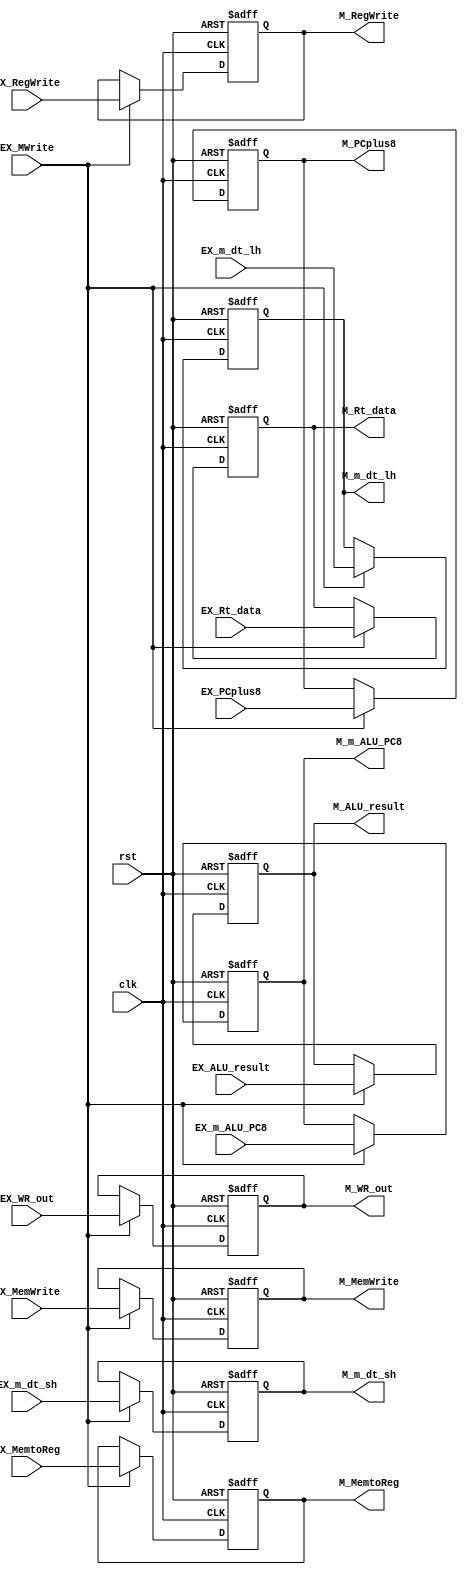
// EX_M

module EX_M ( clk,
			  rst,
			  EX_MWrite,
			  // input 
			  // WB
			  EX_MemtoReg,
			  EX_RegWrite,
			  // M
			  EX_MemWrite,
			  // write your code in here
			  EX_m_ALU_PC8,
			  // pipe
			  EX_ALU_result,
			  EX_Rt_data,
			  EX_PCplus8,
			  EX_WR_out,
			  EX_m_dt_lh,
			  EX_m_dt_sh,
			  // output
			  // WB
			  M_MemtoReg,
			  M_RegWrite,
			  // M
			  M_MemWrite,
			  // write your code in here
			  M_m_ALU_PC8,
			  // pipe
			  M_ALU_result,
			  M_Rt_data,
			  M_PCplus8,
			  M_WR_out,
			  M_m_dt_lh,
			  M_m_dt_sh
			  );
	
	parameter pc_size = 18;	
	parameter data_size = 32;
	
	input clk, rst, EX_MWrite;		  
			  
	// WB		  
	input EX_MemtoReg;
    input EX_RegWrite;
    // M
    input EX_MemWrite;
	// write your code in here
	input EX_m_ALU_PC8;
	// pipe		  
	input [data_size-1:0] EX_ALU_result;
    input [data_size-1:0] EX_Rt_data;
    input [data_size-1:0] EX_PCplus8;
    input [4:0] EX_WR_out;
	input EX_m_dt_lh;
	input EX_m_dt_sh;
	
	// WB
	output M_MemtoReg;	
	output M_RegWrite;	
	// M	
	output M_MemWrite;	
	// write your code in here
	output M_m_ALU_PC8;		
	// pipe		  
	output [data_size-1:0] M_ALU_result;
	output [data_size-1:0] M_Rt_data;
	output [data_size-1:0] M_PCplus8;
	output [4:0] M_WR_out;
	output M_m_dt_lh;
	output M_m_dt_sh;
	
	// write your code in here
	reg M_MemtoReg, M_RegWrite;	
	reg M_MemWrite, M_m_ALU_PC8;		
	reg [data_size-1:0] M_ALU_result, M_Rt_data;
	reg [data_size-1:0] M_PCplus8;
    reg [4:0] M_WR_out;
    reg M_m_dt_lh, M_m_dt_sh;

	always @(negedge clk or posedge rst) begin
		if (rst) begin
		    M_MemtoReg		<= 1;	
		    M_RegWrite		<= 0;	
		    M_MemWrite		<= 0;	
		    M_m_ALU_PC8		<= 0;		
		    M_ALU_result	<= 0;
		    M_Rt_data		<= 0;
		    M_PCplus8		<= 0;
		    M_WR_out		<= 0;	
			M_m_dt_lh		<= 0;
			M_m_dt_sh		<= 0;
		end
		else if(EX_MWrite)
		begin
			M_MemtoReg		<= EX_MemtoReg;
		    M_RegWrite		<= EX_RegWrite;
		    M_MemWrite		<= EX_MemWrite;
		    M_m_ALU_PC8		<= EX_m_ALU_PC8;	
		    M_ALU_result	<= EX_ALU_result;
		    M_Rt_data		<= EX_Rt_data;
		    M_PCplus8		<= EX_PCplus8;
		    M_WR_out		<= EX_WR_out;	
			M_m_dt_lh		<= EX_m_dt_lh;
			M_m_dt_sh		<= EX_m_dt_sh;
		end
		else
		begin
			M_MemtoReg		<= M_MemtoReg;
		    M_RegWrite		<= M_RegWrite;
		    M_MemWrite		<= M_MemWrite;
		    M_m_ALU_PC8		<= M_m_ALU_PC8;	
		    M_ALU_result	<= M_ALU_result;
		    M_Rt_data		<= M_Rt_data;
		    M_PCplus8		<= M_PCplus8;
		    M_WR_out		<= M_WR_out;	
			M_m_dt_lh		<= M_m_dt_lh;
			M_m_dt_sh		<= M_m_dt_sh;
		end
	end
	
	
endmodule